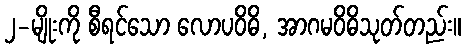
၂-မျိုးကို စီရင်သော လောပဝိဓိ, အာဂမဝိဓိသုတ်တည်း။